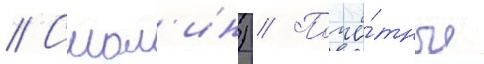
// Смол'ин) // Почё́тные